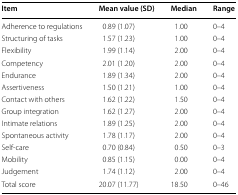
<table><thead><tr><td><b>Item</b></td><td><b>Mean value (SD)</b></td><td><b>Median</b></td><td><b>Range</b></td></tr></thead><tbody><tr><td>Adherence to regulations</td><td>0.89 (1.07)</td><td>1.00</td><td>0–4</td></tr><tr><td>Structuring of tasks</td><td>1.57 (1.23)</td><td>1.00</td><td>0–4</td></tr><tr><td>Flexibility</td><td>1.99 (1.14)</td><td>2.00</td><td>0–4</td></tr><tr><td>Competency</td><td>2.01 (1.20)</td><td>2.00</td><td>0–4</td></tr><tr><td>Endurance</td><td>1.89 (1.34)</td><td>2.00</td><td>0–4</td></tr><tr><td>Assertiveness</td><td>1.50 (1.21)</td><td>1.00</td><td>0–4</td></tr><tr><td>Contact with others</td><td>1.62 (1.22)</td><td>1.50</td><td>0–4</td></tr><tr><td>Group integration</td><td>1.62 (1.27)</td><td>2.00</td><td>0–4</td></tr><tr><td>Intimate relations</td><td>1.89 (1.25)</td><td>2.00</td><td>0–4</td></tr><tr><td>Spontaneous activity</td><td>1.78 (1.17)</td><td>2.00</td><td>0–4</td></tr><tr><td>Self-care</td><td>0.70 (0.84)</td><td>0.50</td><td>0–3</td></tr><tr><td>Mobility</td><td>0.85 (1.15)</td><td>0.00</td><td>0–4</td></tr><tr><td>Judgement</td><td>1.74 (1.12)</td><td>2.00</td><td>0–4</td></tr><tr><td>Total score</td><td>20.07 (11.77)</td><td>18.50</td><td>0–46</td></tr></tbody></table>